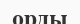
орды